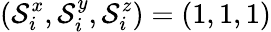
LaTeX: (\mathcal{S}_{i}^{x},\mathcal{S}_{i}^{y},\mathcal{S}_{i}^{z})=(1,1,1)